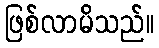
ဖြစ်လာမိသည်။